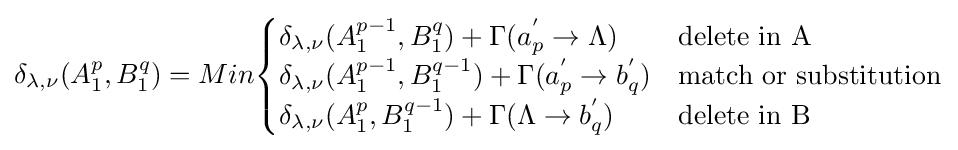
\delta _{\lambda ,\nu }(A_{1}^{p},B_{1}^{q})=Min{\begin{cases}\delta _{\lambda ,\nu }(A_{1}^{p-1},B_{1}^{q})+\Gamma (a_{p}^{'}\to \Lambda )&{\rm {delete\ in\ A}}\\\delta _{\lambda ,\nu }(A_{1}^{p-1},B_{1}^{q-1})+\Gamma (a_{p}^{'}\to b_{q}^{'})&{\rm {match\ or\ substitution}}\\\delta _{\lambda ,\nu }(A_{1}^{p},B_{1}^{q-1})+\Gamma (\Lambda \to b_{q}^{'})&{\rm {delete\ in\ B}}\end{cases}}